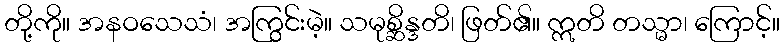
တို့ကို။ အနဝသေသံ၊ အကြွင်းမဲ့။ သမုစ္ဆိန္ဒတိ၊ ဖြတ်၏။ ဣတိ တသ္မာ၊ ကြောင့်။